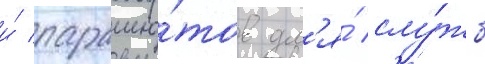
и́ парашю́тов дл'я́ слу́жб